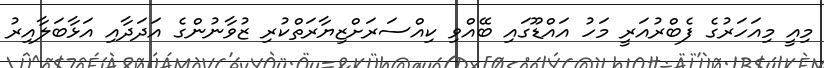
މިއީ މިއަހަރުގެ ފެބްރުއަރީ މަހު އައްޑޫގައި ބޭއްވި ކިއްސަރަށްޒިޔާރަތްކުރި ޒުވާނުންގެ އަދަދާއި އަޅާބަލާއިރު